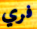
فري